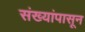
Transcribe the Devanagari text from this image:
संख्यांपासून